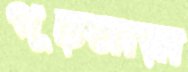
গূঢ়মায়া